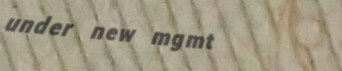
under new mgmt